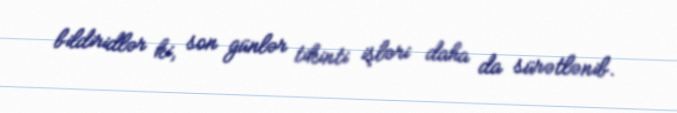
bildiridlər ki, son günlər tikinti işləri daha da sürətlənib.